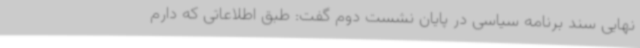
نهایی سند برنامه سیاسی در پایان نشست دوم گفت: طبق اطلاعاتی که دارم